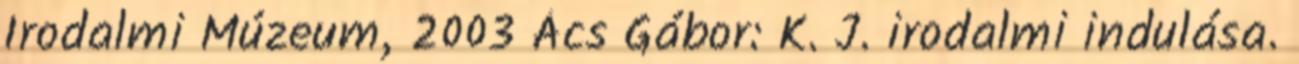
Irodalmi Múzeum, 2003 Ács Gábor: K. J. irodalmi indulása.